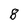
Character: 8